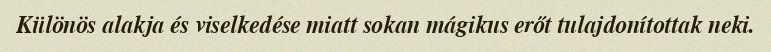
Különös alakja és viselkedése miatt sokan mágikus erőt tulajdonítottak neki.